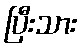
ပြီးသား